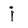
Character: j